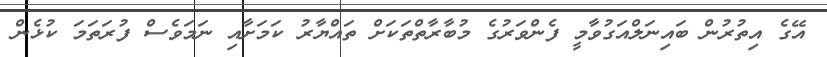
އޭގެ އިތުރުން ބައިނަލްއަގުވާމީ ފެންވަރުގެ މުބާރާތްތަކަށް ތައްޔާރު ކަމަށާއި ނަމަވެސް ފުރަތަމަ ކުޅެން